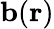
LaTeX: \mathbf{b}(\mathbf{r})